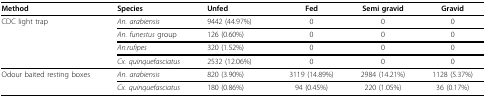
| Method | Species | Unfed | Fed | Semi gravid | Gravid |
 | --- | --- | --- | --- | --- | --- |
 | CDC light trap | An. arabiensis | 9442 (44.97%) | 0 | 0 | 0 |
 |  | An. funestus group | 126 (0.60%) | 0 | 0 | 0 |
 |  | An.rufipes | 320 (1.52%) | 0 | 0 | 0 |
 |  | Cx. quinquefasciatus | 2532 (12.06%) | 0 | 0 | 0 |
 | Odour baited resting boxes | An. arabiensis | 820 (3.90%) | 3119 (14.89%) | 2984 (14.21%) | 1128 (5.37%) |
 |  | Cx. quinquefasciatus | 180 (0.86%) | 94 (0.45%) | 220 (1.05%) | 36 (0.17%) |